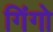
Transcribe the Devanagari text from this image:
गिंगो